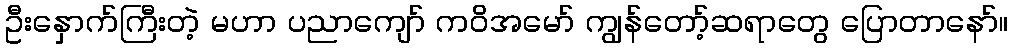
ဦးနှောက်ကြီးတဲ့ မဟာ ပညာကျော် ကဝိအမော် ကျွန်တော့်ဆရာတွေ ပြောတာနော်။